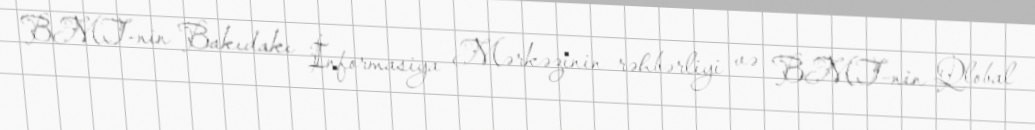
BMT-nin Bakıdakı İnformasiya Mərkəzinin rəhbərliyi və BMT-nin Qlobal